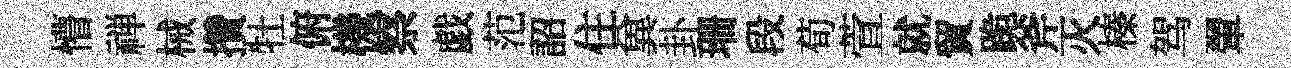
懵禅械攢牡俯機察戯范詔住兾卦珊段荀萱就貿跪斧灭榛驾翬